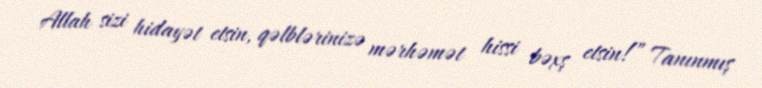
Allah sizi hidayət etsin, qəlblərinizə mərhəmət hissi bəxş etsin!” Tanınmış